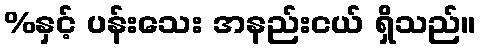
%နှင့် ပန်းသေး အနည်းငယ် ရှိသည်။